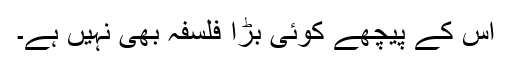
اس کے پیچھے کوئی بڑا فلسفہ بھی نہیں ہے۔